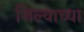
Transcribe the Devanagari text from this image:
जिल्याच्या